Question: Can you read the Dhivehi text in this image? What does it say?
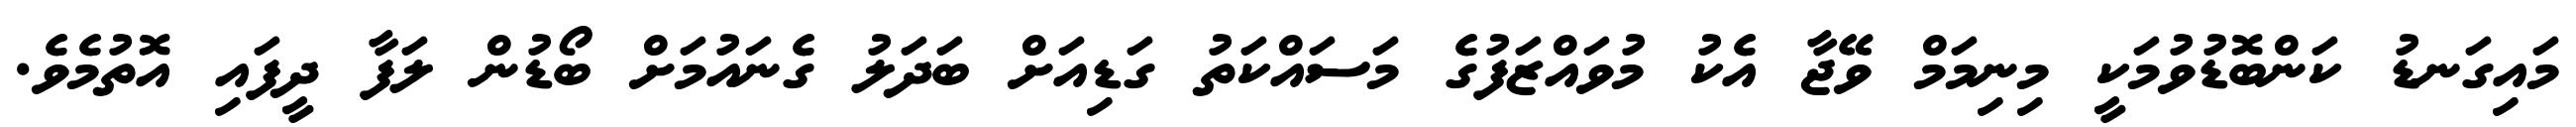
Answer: މައިގަނޑު ކަންބޮޑުވުމަކީ މިނިމަމް ވޭޖާ އެކު މުވައްޒަފުގެ މަސައްކަތު ގަޑިއަށް ބަދަލު ގެނައުމަށް ބޯޑުން ލަފާ ދީފައި އޮތުމެވެ.